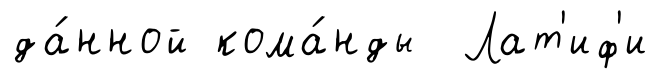
да́нной кома́нды Лат'иф'и